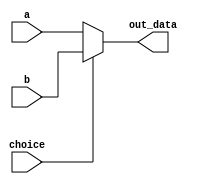
`timescale 1ns / 1ps
module mux(
    input [31:0] a,
    input [31:0] b,
    input choice,
    output [31:0] out_data
    );
    assign out_data=(choice)?b:a;
endmodule